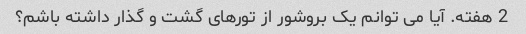
2 هفته. آیا می توانم یک بروشور از تورهای گشت و گذار داشته باشم؟